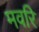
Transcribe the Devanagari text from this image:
मवरि